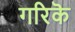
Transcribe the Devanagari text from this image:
गरिकॆ